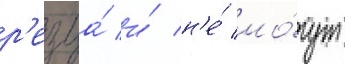
р'езца́ и́ н'е́ мо́гут